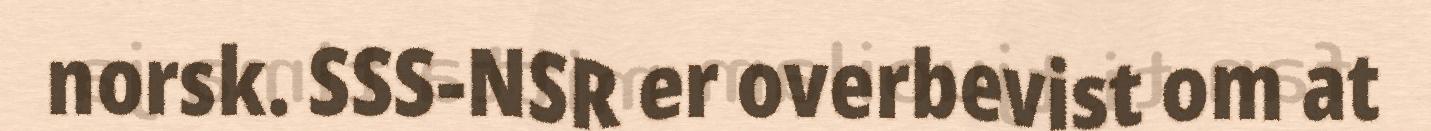
norsk. SSS-NSR er overbevist om at